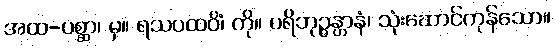
အထ-ပစ္ဆာ၊ မှ။ ရသပထဝိံ၊ ကို။ ပရိဘုဉ္ဇန္တာနံ၊ သုံးဆောင်ကုန်သော။